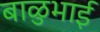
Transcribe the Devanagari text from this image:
बाळुभाई